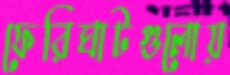
ফেরিঘাটগুলোয়